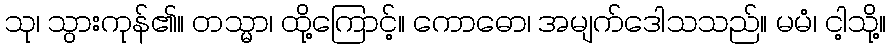
သု၊ သွားကုန်၏။ တသ္မာ၊ ထို့ကြောင့်။ ကောဓော၊ အမျက်ဒေါသသည်။ မမံ၊ ငါ့သို့။